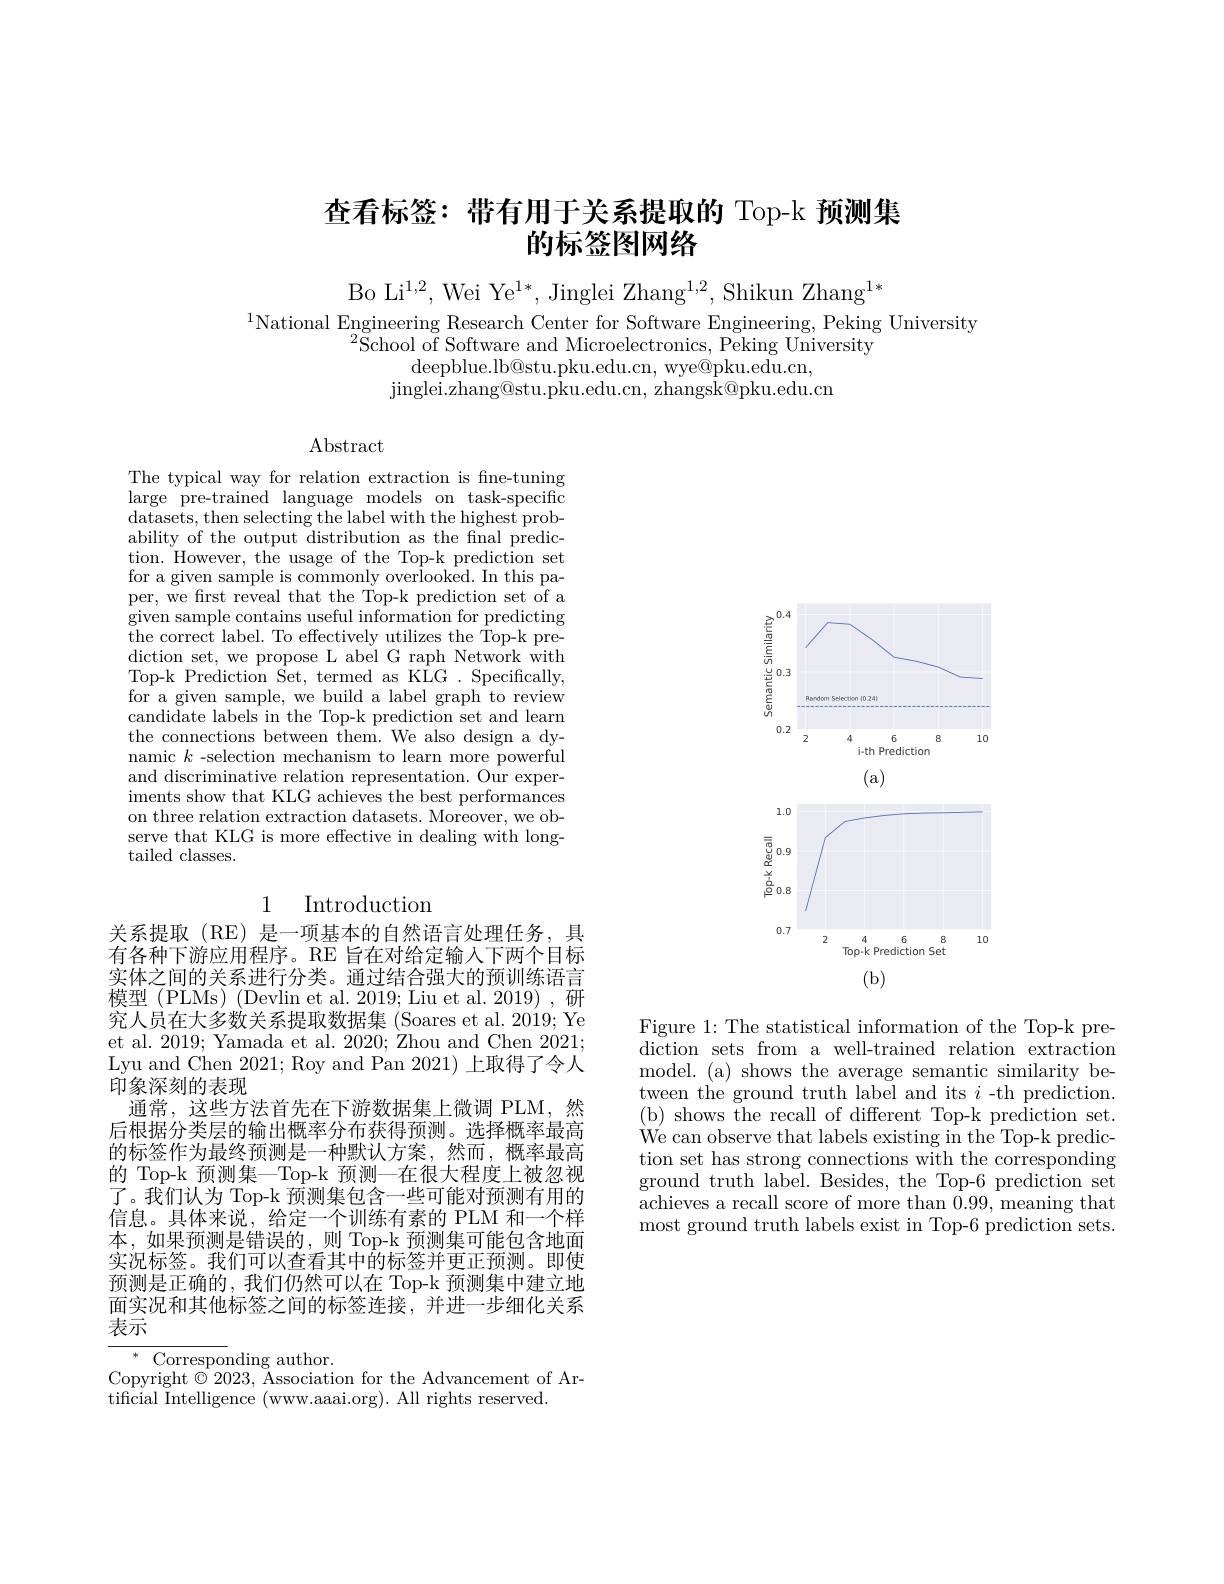
# 查看标签：带有用于关系提取的 Top-k 预测集的标签图网络

Bo Li$^1,2$,Wei Ye$^1*$,Jinglei Zhang$^1,2$,Shikun Zhang$^1*$
$^{1}$National Engineering Research Center for Software Engineering, Peking University
$^{2}\bar{\text{School of Software and Microelectronics, Peking University}}$
deepblue.lb@stu.pku.edu.cn, wye@pku.edu.cn,
jinglei. zhang@ stu. pku. edu. cn, zhangsk@ pku. edu. cn

Abstract

The typical way for relation extraction is fne-tuning large pre-trained language models on task-specific datasets, then selecting the label with the highest probability of the output distribution as the fnal prediction. However, the usage of the Top-k prediction set for a given sample is commonly overlooked. In this paper, we frst reveal that the Top-k prediction set of a given sample contains useful information for predicting $\bar{\text{the correct label. To effectively utilizes the Top-k pre-}}$ diction set, we propose L abel G raph Network with Top-k Prediction Set, termed as KLG . Specifically, for a given sample, we build a label graph to review candidate labels in the Top-k prediction set and learn the connections between them. We also design a dynamic $k$ -selection mechanism to learn more powerful and discriminative relation representation. Our experiments show that KLG achieves the best performances on three relation extraction datasets. Moreover, we observe that KLG is more effective in dealing with longtailed classes.

## 1 Introduction

关系提取(RE)是一项基本的自然语言处理任务，具有各种下游应用程序。RE 旨在对给定输入下两个目标实体之间的关系进行分类。通过结合强大的预训练语言模型 (PLMs) (Devlin et al. 2019; Liu et al. 2019) ,研究人员在大多数关系提取数据集 (Soares et al. 2019; Ye et al. 2019; Yamada et al. 2020; Zhou and Chen 2021; Lyu and Chen 2021; Roy and Pan 2021) 上取得了令人印象深刻的表现
通常，这些方法首先在下游数据集上微调 PLM,然后根据分类层的输出概率分布获得预测。选择概率最高的标签作为最终预测是一种默认方案，然而，概率最高的 Top-k 预测集—Top-k 预测—在很大程度上被忽视了。我们认为 Top-k 预测集包含一些可能对预测有用的信息。具体来说，给定一个训练有素的 PLM 和一个样本，如果预测是错误的，则 Top-k 预测集可能包含地面实况标签。我们可以查看其中的标签并更正预测。即使预测是正确的，我们仍然可以在 Top-k 预测集中建立地面实况和其他标签之间的标签连接，并进一步细化关系表示

$^*$ Corresponding author.
Copyright $\textcircled{\circ}2023$, Association for the Advancement of Ar-
tificial Intelligence (www.aaai.org). All rights reserved.

<FigureHere>

Figure 1: The statistical information of the Top-k prediction sets from a well-trained relation extraction model. (a) shows the average semantic similarity between the ground truth label and its $i$ -th prediction. ( b) shows the recall of different Top- k prediction set. We can observe that labels existing in the Top-k prediction set has strong connections with the corresponding ground truth label. Besides, the Top-6 prediction set $\bar{\text{achieves a recall score of more than }0.99,\text{meaning that}}$ most ground truth labels exist in Top-6 prediction sets.